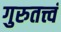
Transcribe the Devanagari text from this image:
गुरुतत्त्वं